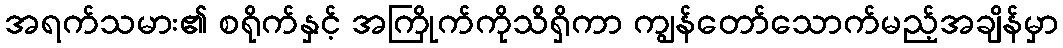
အရက်သမား၏ စရိုက်နှင့် အကြိုက်ကိုသိရှိကာ ကျွန်တော်သောက်မည့်အချိန်မှာ